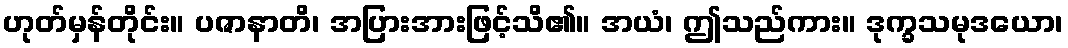
ဟုတ်မှန်တိုင်း။ ပဇာနာတိ၊ အပြားအားဖြင့်သိ၏။ အယံ၊ ဤသည်ကား။ ဒုက္ခသမုဒယော၊